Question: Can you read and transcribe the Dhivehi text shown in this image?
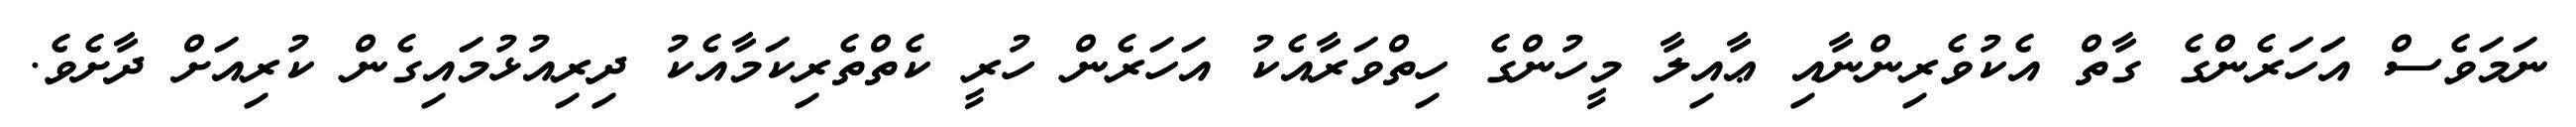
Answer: ނަމަވެސް އަަހަރެންގެ ގާތް އެކުވެރިންނާއި ޢާއިލާ މީހުންގެ ހިތްވަރާއެކު އަހަރެން ހުރީ ކެތްތެރިކަމާއެކު ދިރިއުޅުމައިގެން ކުރިއަށް ދާށެވެ.